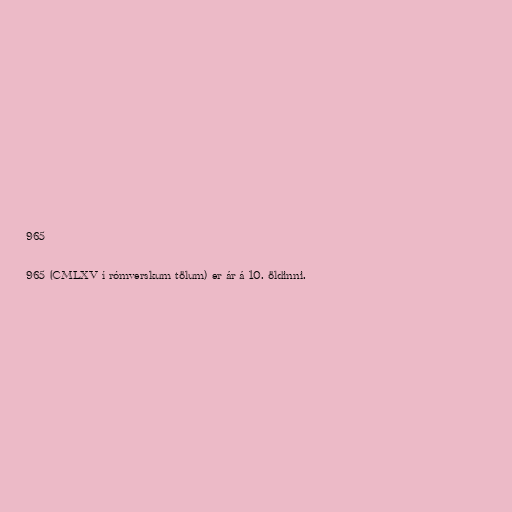
965

965 (CMLXV í rómverskum tölum) er ár á 10. öldinni.